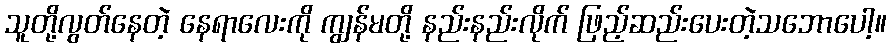
သူတို့လွတ်နေတဲ့ နေရာလေးကို ကျွန်မတို့ နည်းနည်းလိုက် ဖြည့်ဆည်းပေးတဲ့သဘောပေါ့။